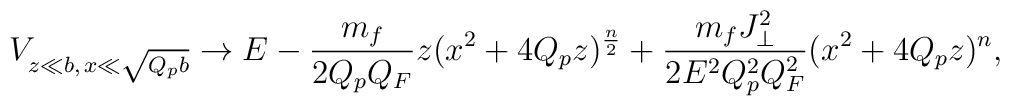
V_{z\ll b,\,x\ll\sqrt{Q_pb}}\to E-{{m_f}\over{2Q_pQ_F}}z(x^2+4Q_pz)^{n\over 2}+{{m_fJ^2_{\perp}}\over{2E^2Q^2_pQ^2_F}}(x^2+4Q_pz)^n,